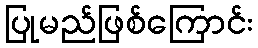
ပြုမည်ဖြစ်ကြောင်း